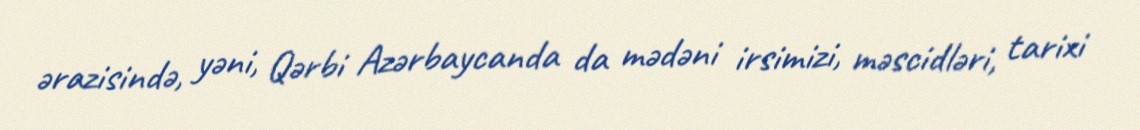
ərazisində, yəni, Qərbi Azərbaycanda da mədəni irsimizi, məscidləri, tarixi